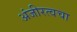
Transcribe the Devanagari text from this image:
अंजीरत्वचा